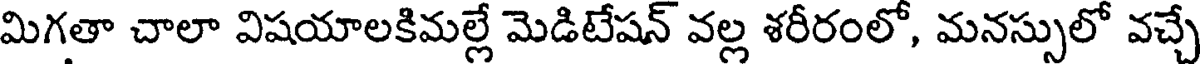
మిగతా చాలా విషయాలకిమల్లే మెడిటేషన్ వల్ల శరీరంలో, మనస్సులో వచ్చే